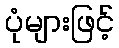
ပုံများဖြင့်